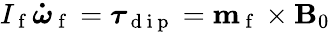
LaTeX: I_{\mathrm{~f~}}\boldsymbol{\dot{\omega}}_{\mathrm{~f~}}=\boldsymbol{\tau}_{\mathrm{~d~i~p~}}=\mathbf{m}_{\mathrm{~f~}}\times\mathbf{B}_{0}